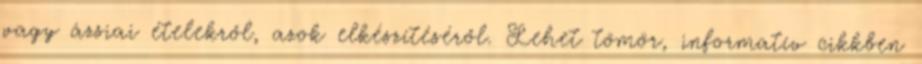
vagy ázsiai ételekről, azok elkészítéséről. Lehet tömör, informatív cikkben